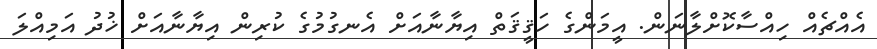
އެއްޗެއް ހިއްސާކޮށްލާނަން. އީމަންގެ ހަޤީޤަތް އިޔާނާއަށް އެނގުމުގެ ކުރިން އިޔާނާއަށް ޚުދު އަމިއްލަ